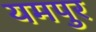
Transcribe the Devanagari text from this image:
यमपुर